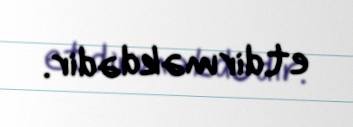
etdirməkdədir.